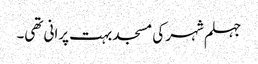
جہلم شہر کی مسجد بہت پرانی تھی۔